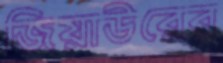
জিয়াউরের